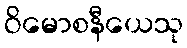
ဝိမောစနီယေသု